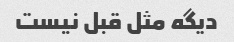
دیگه مثل قبل نیست